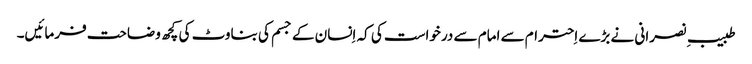
طبیبِ نصرانی نے بڑے اِحترام سے امام سے درخواست کی کہ اِنسان کے جسم کی بناوٹ کی کچھ وضاحت فرمائیں۔